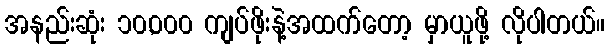
အနည်းဆုံး ၁၀,၀၀၀ ကျပ်ဖိုးနဲ့အထက်တော့ မှာယူဖို့ လိုပါတယ်။